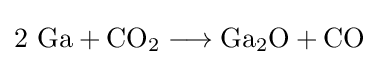
\mathrm {2\ Ga+CO_{2}\longrightarrow Ga_{2}O+CO}